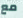
مع